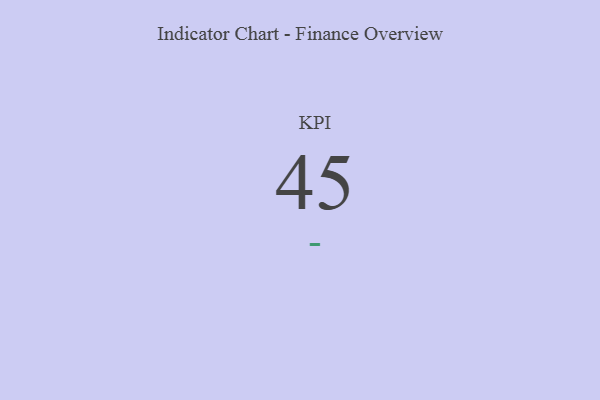
{"axis": {"x": "KPI", "y": "Value"}, "legend": [""], "data": [{"x": "KPI", "y": 45, "type": ""}]}